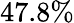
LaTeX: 47.8\%